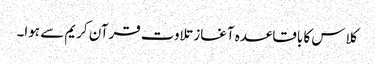
کلاس کا باقاعدہ آغاز تلاوت قرآن کریم سے ہوا۔